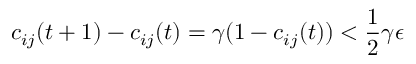
c _ { i j } ( t + 1 ) - c _ { i j } ( t ) = \gamma ( 1 - c _ { i j } ( t ) ) < \frac { 1 } { 2 } \gamma \epsilon